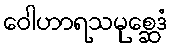
ဝေါဟာရသမုစ္ဆေဒံ